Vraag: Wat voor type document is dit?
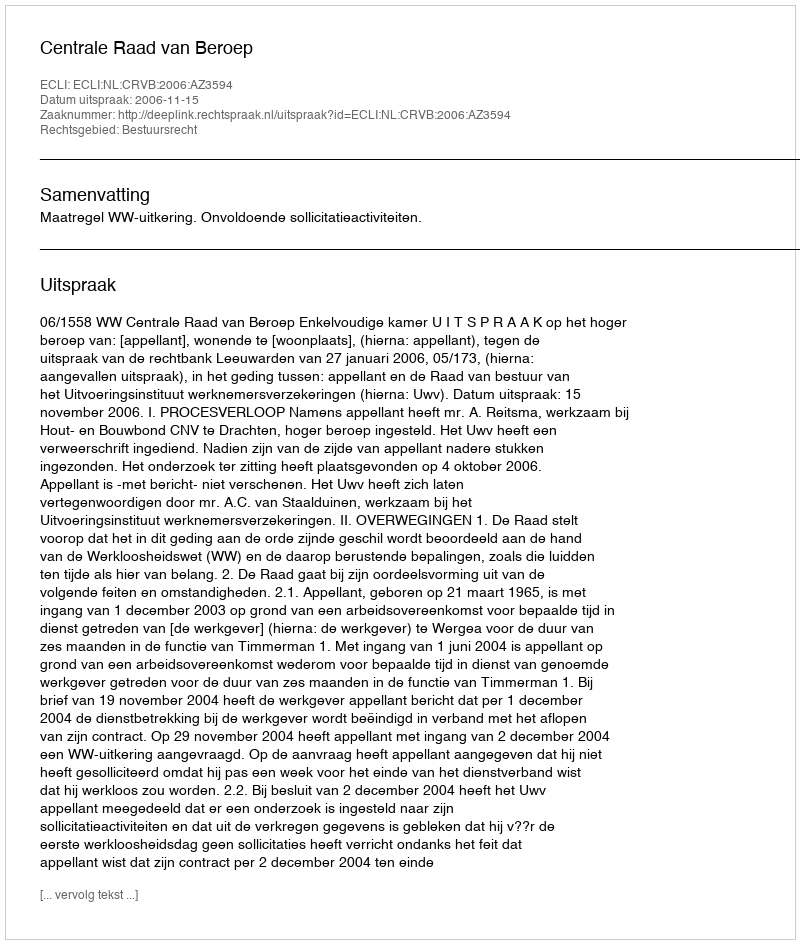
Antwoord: Uitspraak